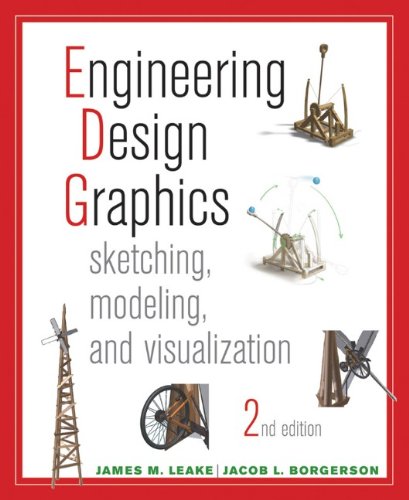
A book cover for Engineering Design Graphics: Sketching, Modeling, and Visualization; James Leake; Engineering & Transportation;